Civil Veterinary Department Bihar reports 1936-40 - 1936-1940
Year: 1936
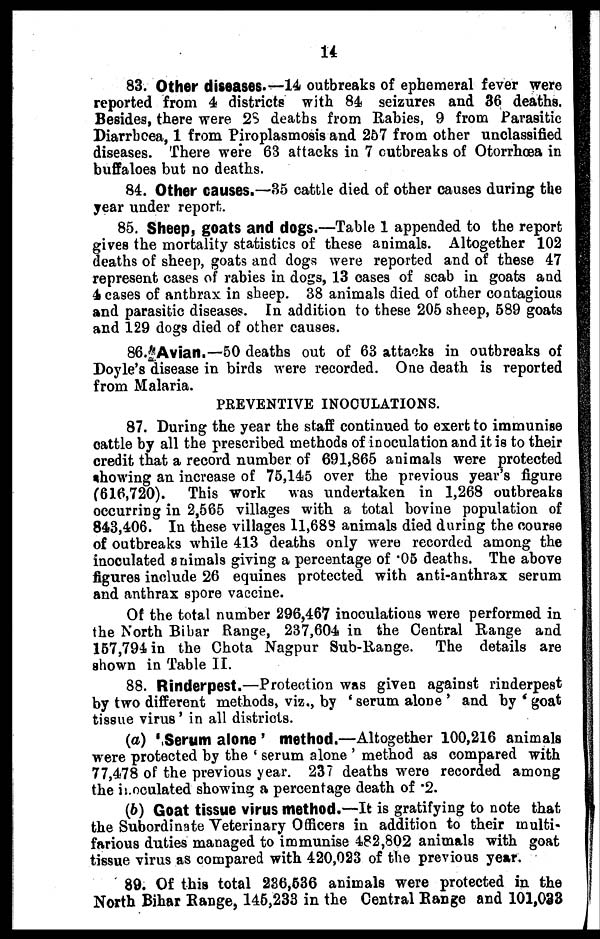
14
83. Other diseases.—14 outbreaks of ephemeral fever were
reported from 4 districts with 84 seizures and 36 deaths.
Besides, there were 28 deaths from Rabies, 9 from Parasitic
Diarrhcea, 1 from Piroplasmosis and 257 from other unclassified
diseases. There were 63 attacks in 7 outbreaks of Otorrhoea in
buffaloes but no deaths.
84. Other causes.—35 cattle died of other causes during the
year under report.
85. Sheep, goats and dogs.—Table 1 appended to the report
gives the mortality statistics of these animals. Altogether 102
deaths of sheep, goats and dogs were reported and of these 47
represent cases of rabies in dogs, 13 oases of scab in goats and
4 cases of anthrax in sheep. 38 animals died of other contagious
and parasitic diseases. In addition to these 205 sheep, 589 goats
and 129 dogs died of other causes.
86. Avian.—50 deaths out of 63 attacks in outbreaks of
Doyle's disease in birds were recorded. One death is reported
from Malaria.
PREVENTIVE INOCULATIONS.
87. During the year the staff continued to exert to immunise
cattle by all the prescribed methods of inoculation and it is to their
credit that a record number of 691,865 animals were protected
showing an increase of 75,145 over the previous year's figure
(616,720). This work
was undertaken in 1,268 outbreaks
occurring in 2,565 villages with a total bovine population of
843,406. In these villages 11,683 animals died during the course
of outbreaks while 413 deaths only were recorded among the
inoculated animals giving a percentage of .05 deaths. The above
figures include 26 equines protected with anti-anthrax serum
and anthrax spore vaccine.
Of the total number 296,467 inoculations were performed in
the North Bibar Range, 237,604 in the Central Range and
157,794 in the Chota Nagpur Sub-Range. The details are
shown in Table II.
88. Rinderpest.—Protection was given against rinderpest
by two different methods, viz., by 'serum alone' and by 'goat
tissue virus' in all districts.
(a) 'Serum alone' method.—Altogether 100,216 animals
were protected by the 'serum alone' method as compared with
77,478 of the previous year. 237 deaths were recorded among
the inoculated showing a percentage death of .2.
(b) Goat tissue virus method.—It is gratifying to note that
the Subordinate Veterinary Officers in addition to their multi-
farious duties managed to immunise 482,802 animals with goat
tissue virus as compared with 420,023 of the previous year.
89. Of this total 236,536 animals were protected in the
North Bihar Range, 145,233 in the Central Range and 101,033